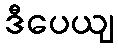
ဒီပေယျ